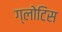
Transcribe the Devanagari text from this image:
ग्लोटिस